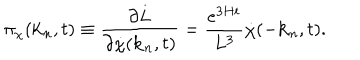
\pi _ { \chi } ( { \bf k } _ { n } , t ) \equiv \frac { \partial L } { \partial { \dot { \chi } } ( { \bf k } _ { n } , t ) } = \frac { e ^ { 3 H t } } { L ^ { 3 } } { \dot { \chi } } ( - { \bf k } _ { n } , t ) .